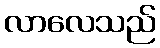
လာလေသည်